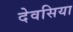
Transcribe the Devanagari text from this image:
देवसिया